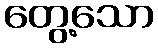
တွေ့သော